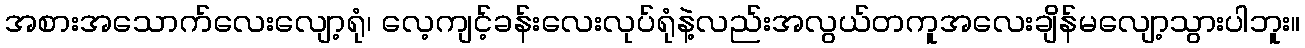
အစားအသောက်လေးလျော့ရုံ၊ လေ့ကျင့်ခန်းလေးလုပ်ရုံနဲ့လည်းအလွယ်တကူအလေးချိန်မလျော့သွားပါဘူး။